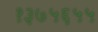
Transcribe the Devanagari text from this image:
१३७५६५५